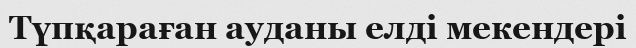
Түпқараған ауданы елді мекендері